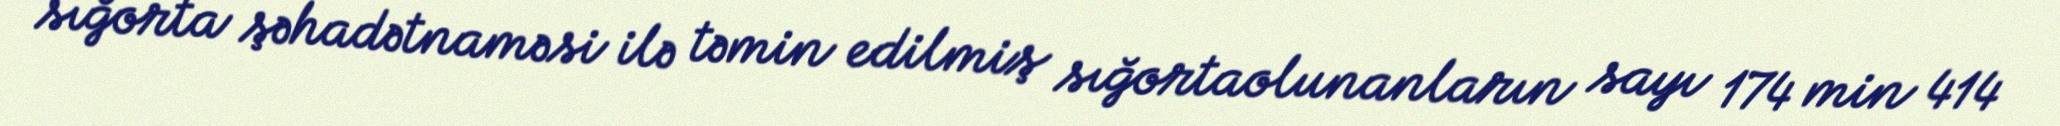
sığorta şəhadətnaməsi ilə təmin edilmiş sığortaolunanların sayı 174 min 414